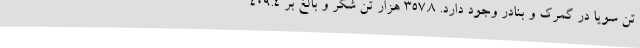
تن سویا در گمرک و بنادر وجود دارد. 357.8 هزار تن شکر و بالغ بر 409.4